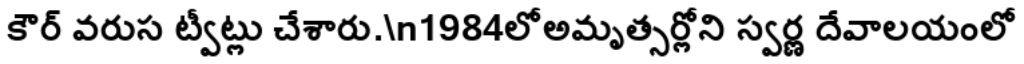
కౌర్ వరుస ట్వీట్లు చేశారు.\n1984లోఅమృత్సర్లోని స్వర్ణ దేవాలయంలో